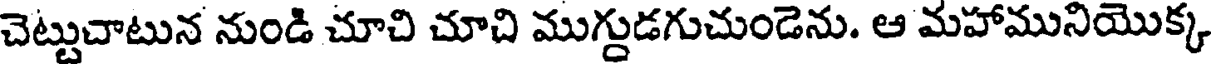
చెట్టుచాటున నుండి చూచి చూచి ముగ్దుడగుచుండెను. ఆ మహామునియొక్క